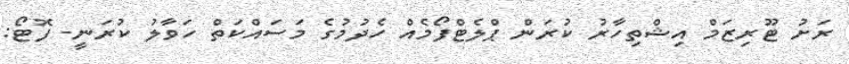
ރަށު ޓޫރިޒަމް އިޝްތިހާރު ކުރަން ޕްލެޓްފޯމެއް ހެދުމުގެ މަސައްކަތް ހަވާލު ކުރަނީ- ފޮޓޯ: